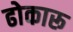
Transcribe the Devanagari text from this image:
ढोकारू